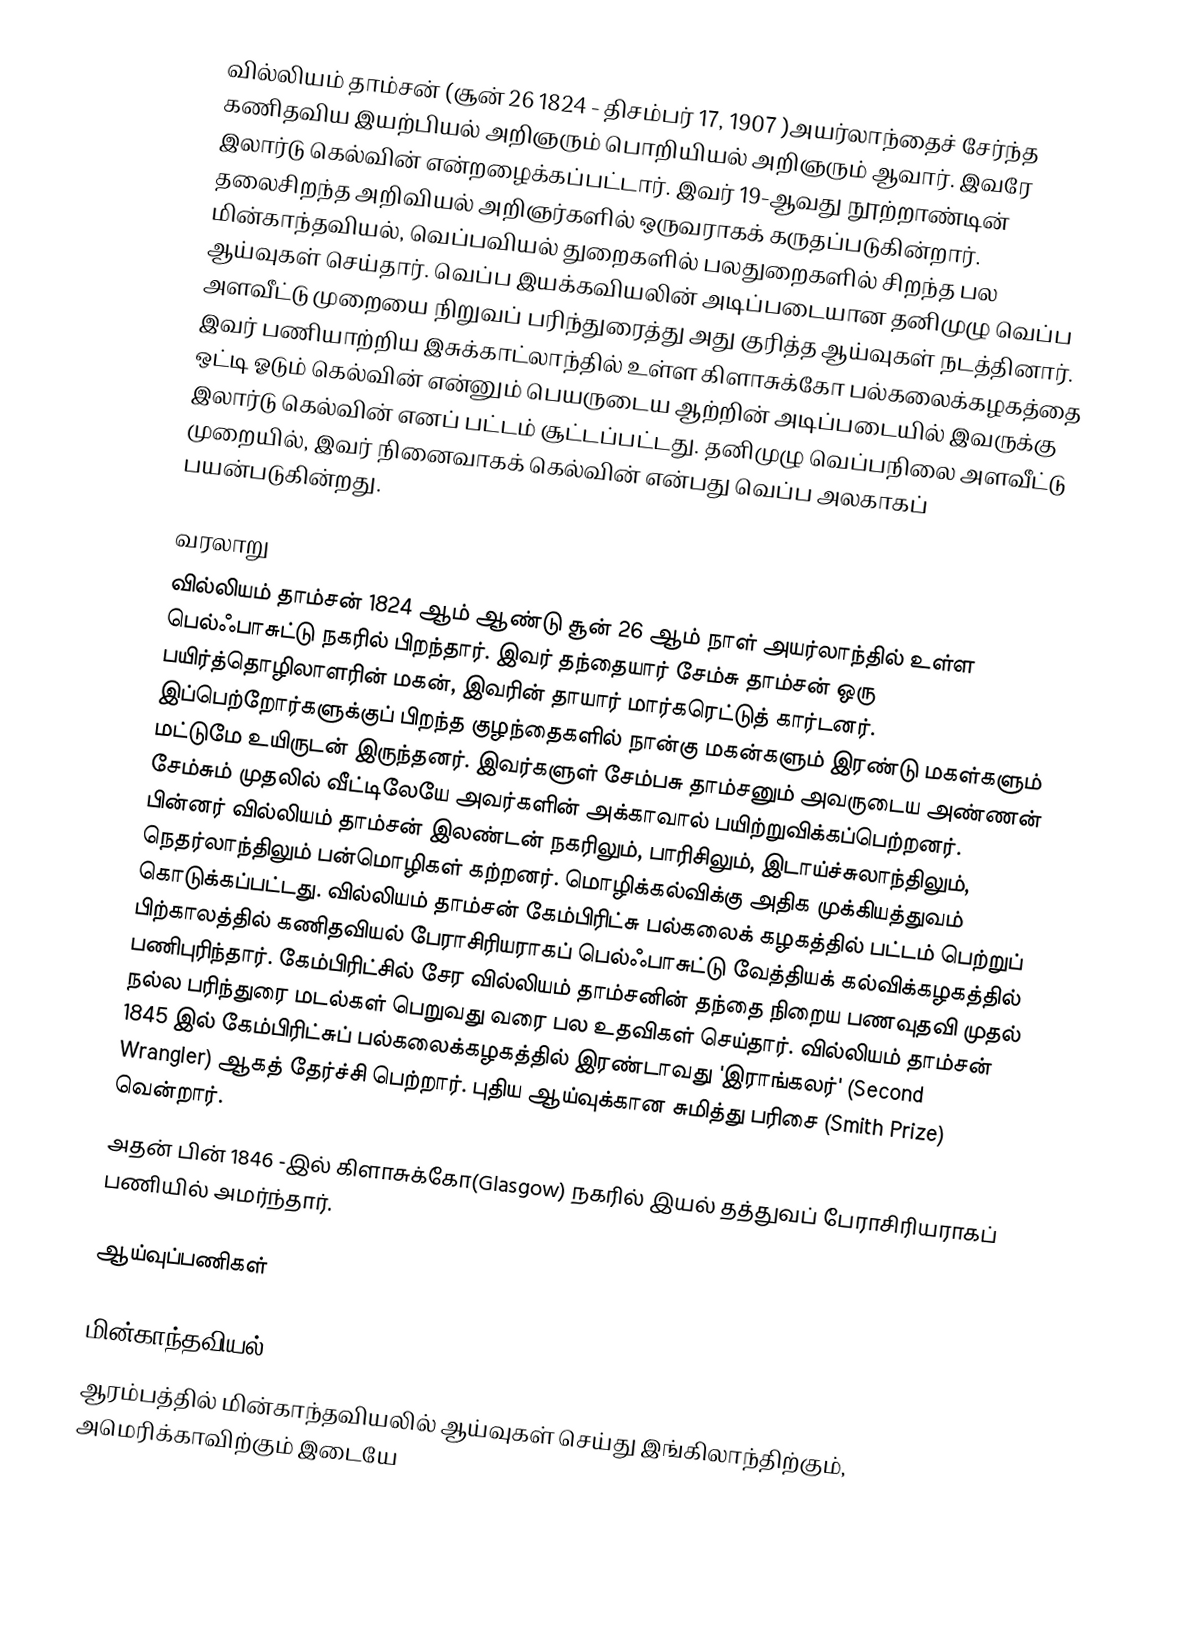
வில்லியம் தாம்சன் (சூன் 26 1824 - திசம்பர் 17, 1907 )அயர்லாந்தைச் சேர்ந்த கணிதவிய இயற்பியல் அறிஞரும் பொறியியல் அறிஞரும் ஆவார்.  இவரே  இலார்டு கெல்வின் என்றழைக்கப்பட்டார். இவர் 19-ஆவது நூற்றாண்டின் தலைசிறந்த அறிவியல் அறிஞர்களில் ஒருவராகக் கருதப்படுகின்றார். மின்காந்தவியல், வெப்பவியல் துறைகளில் பலதுறைகளில் சிறந்த பல ஆய்வுகள் செய்தார். வெப்ப இயக்கவியலின் அடிப்படையான தனிமுழு வெப்ப அளவீட்டு முறையை நிறுவப் பரிந்துரைத்து  அது குரித்த ஆய்வுகள் நடத்தினார். இவர் பணியாற்றிய இசுக்காட்லாந்தில் உள்ள கிளாசுக்கோ பல்கலைக்கழகத்தை ஒட்டி ஓடும் கெல்வின் என்னும் பெயருடைய ஆற்றின் அடிப்படையில் இவருக்கு இலார்டு கெல்வின் எனப் பட்டம் சூட்டப்பட்டது. தனிமுழு வெப்பநிலை அளவீட்டு முறையில்,  இவர் நினைவாகக் கெல்வின் என்பது வெப்ப அலகாகப் பயன்படுகின்றது.

வரலாறு
வில்லியம் தாம்சன் 1824 ஆம் ஆண்டு சூன் 26 ஆம் நாள் அயர்லாந்தில் உள்ள பெல்ஃபாசுட்டு நகரில் பிறந்தார். இவர் தந்தையார் சேம்சு தாம்சன் ஒரு பயிர்த்தொழிலாளரின் மகன், இவரின் தாயார் மார்கரெட்டுத் கார்டனர். இப்பெற்றோர்களுக்குப் பிறந்த குழந்தைகளில் நான்கு மகன்களும் இரண்டு மகள்களும் மட்டுமே உயிருடன் இருந்தனர். இவர்களுள் சேம்பசு தாம்சனும் அவருடைய அண்ணன் சேம்சும் முதலில் வீட்டிலேயே அவர்களின் அக்காவால் பயிற்றுவிக்கப்பெற்றனர். பின்னர் வில்லியம் தாம்சன் இலண்டன் நகரிலும், பாரிசிலும், இடாய்ச்சுலாந்திலும், நெதர்லாந்திலும் பன்மொழிகள் கற்றனர்.  மொழிக்கல்விக்கு அதிக முக்கியத்துவம் கொடுக்கப்பட்டது. வில்லியம் தாம்சன் கேம்பிரிட்சு பல்கலைக் கழகத்தில் பட்டம் பெற்றுப் பிற்காலத்தில் கணிதவியல் பேராசிரியராகப் பெல்ஃபாசுட்டு வேத்தியக் கல்விக்கழகத்தில் பணிபுரிந்தார்.  கேம்பிரிட்சில் சேர வில்லியம் தாம்சனின் தந்தை நிறைய பணவுதவி முதல் நல்ல பரிந்துரை மடல்கள் பெறுவது வரை பல உதவிகள் செய்தார். வில்லியம் தாம்சன் 1845 இல் கேம்பிரிட்சுப் பல்கலைக்கழகத்தில் இரண்டாவது 'இராங்கலர்' (Second Wrangler) ஆகத் தேர்ச்சி பெற்றார். புதிய ஆய்வுக்கான சுமித்து பரிசை (Smith Prize) வென்றார்.
அதன் பின்  1846 -இல் கிளாசுக்கோ(Glasgow) நகரில் இயல் தத்துவப் பேராசிரியராகப் பணியில் அமர்ந்தார்.

ஆய்வுப்பணிகள்

மின்காந்தவியல்
ஆரம்பத்தில் மின்காந்தவியலில் ஆய்வுகள் செய்து இங்கிலாந்திற்கும், அமெரிக்காவிற்கும் இடையே